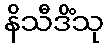
နိသီဒိံသု